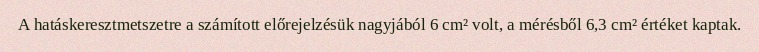
A hatáskeresztmetszetre a számított előrejelzésük nagyjából 6 cm² volt, a mérésből 6,3 cm² értéket kaptak.